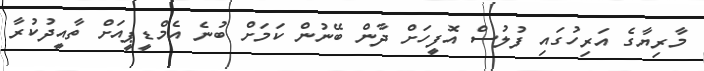
މާރިޔާގެ އަރިހުގައި ފުލުސް އޮފީހަށް ދާން ބޭނުން ކަމަށް ބުނެ އެމްޑީޕީއަށް ތާއީދުކުރާ